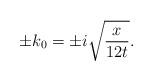
LaTeX: \begin{align*} \pm k_{0}=\pm i\sqrt{\frac{x}{12t}}.\end{align*}